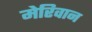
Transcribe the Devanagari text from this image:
मेरिवान